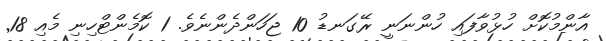
އާންމުކޮށް ހުޅުވާފައި ހުންނަނީ ރޭގަނޑު 10 ޖަހަންދެންނެވެ. 1 ކޮމެންޓްހިނި މެއި 18